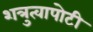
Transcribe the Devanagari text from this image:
शत्रुत्वापोटी